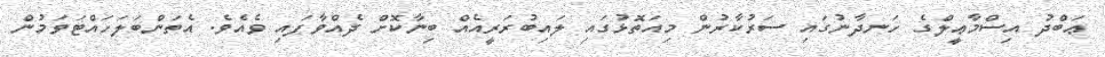
ޢަބްދު އިސްމާޢީލްގެ ހަނދާނުގައި ސަރުކާރުން މިއަތޮޅުގައި ލައިބުރަރީއެއް ބިނާކޮށް ދެއްވާފައި ވެއެވެ. އެތަންބަލަހައްޓަވަމުން